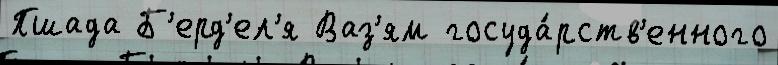
Пшада Б'ерд'ел'я Ваз'ям госуда́рств'енного